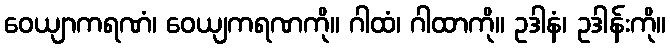
ဝေယျာကရဏံ၊ ဝေယျကရဏကို။ ဂါထံ၊ ဂါထာကို။ ဥဒါနံ၊ ဥဒါန်းကို။